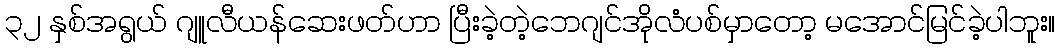
၃၂ နှစ်အရွယ် ဂျူလီယန်ဆေးဖတ်ဟာ ပြီးခဲ့တဲ့ဘေဂျင်အိုလံပစ်မှာတော့ မအောင်မြင်ခဲ့ပါဘူး။